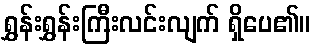
ရွှန်းရွှန်းကြီးလင်းလျက် ရှိပေ၏။